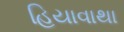
હિયાવાથા